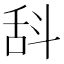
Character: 𣁳